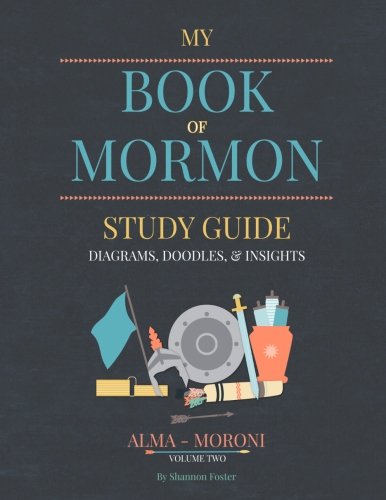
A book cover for Book of Mormon Study Guide Volume Two; Shannon Foster; Christian Books & Bibles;